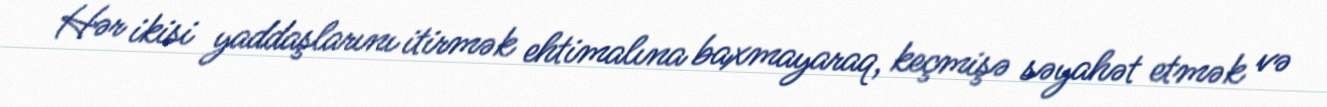
Hər ikisi yaddaşlarını itirmək ehtimalına baxmayaraq, keçmişə səyahət etmək və